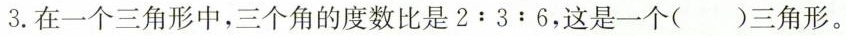
3.在一个三角形中，三个角的度数比是2:3:6，这是一个( )三角形。